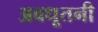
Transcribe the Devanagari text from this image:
अवधूतनी